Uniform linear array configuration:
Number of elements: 24
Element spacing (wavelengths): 0.75
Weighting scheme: blackman
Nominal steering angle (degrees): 15
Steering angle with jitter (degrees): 16.45
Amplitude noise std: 0.05
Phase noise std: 0.05

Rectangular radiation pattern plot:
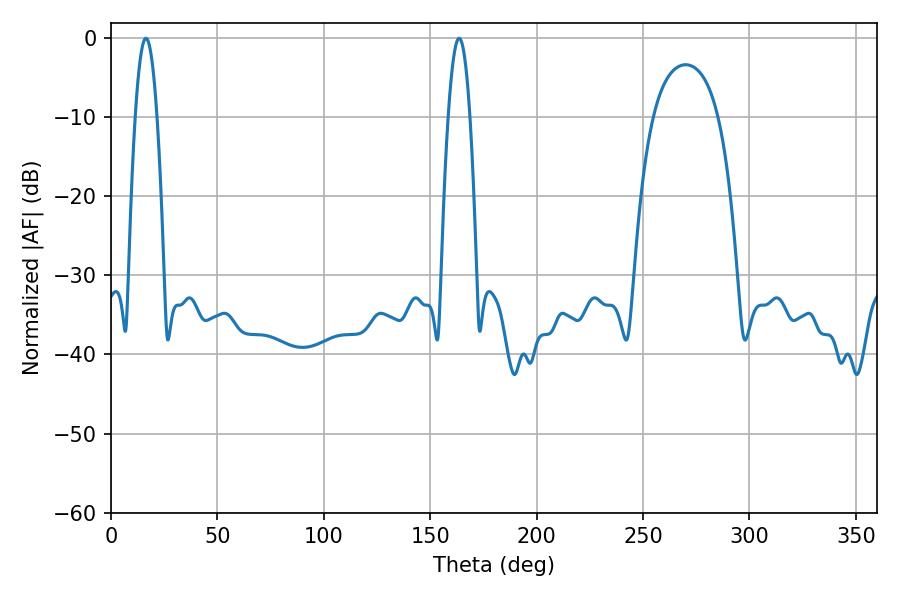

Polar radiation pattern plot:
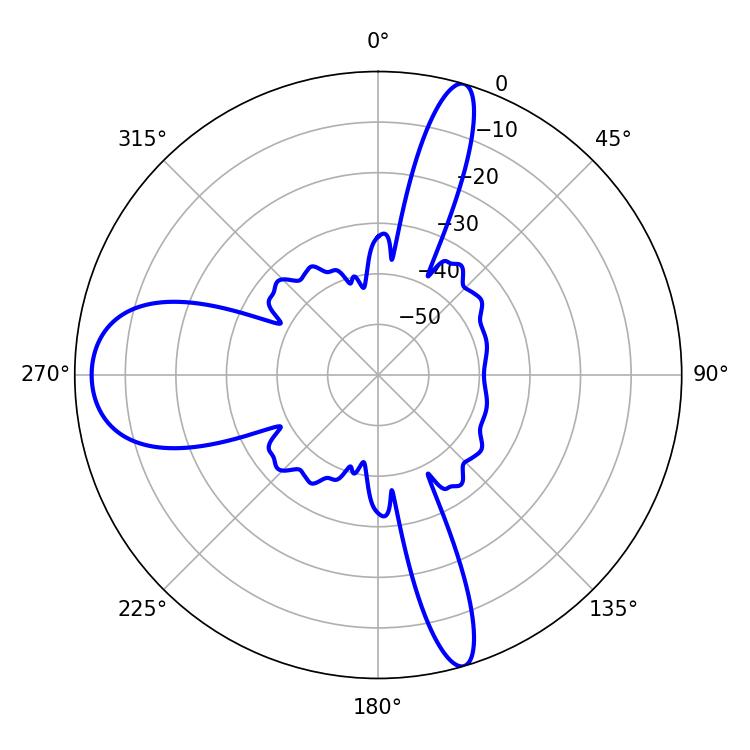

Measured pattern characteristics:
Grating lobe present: TRUE
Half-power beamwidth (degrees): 5.58
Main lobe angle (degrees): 16.38